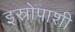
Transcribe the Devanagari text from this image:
इस्रोपाशी